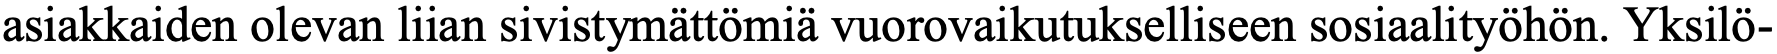
asiakkaiden olevan liian sivistymättömiä vuorovaikutukselliseen sosiaalityöhön. Yksilö-